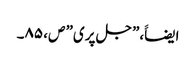
ایضاََ،”جل پری” ص، ۸۵۔